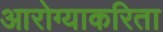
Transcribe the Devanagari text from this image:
आरोग्याकरिता